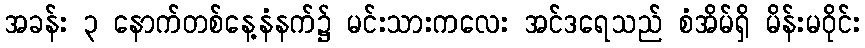
အခန်း ၃ နောက်တစ်နေ့နံနက်၌ မင်းသားကလေး အင်ဒရေသည် စံအိမ်ရှိ မိန်းမဝိုင်း